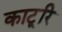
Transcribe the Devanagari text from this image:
काटूरि